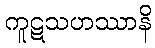
ကူဋသဟဿာနိ